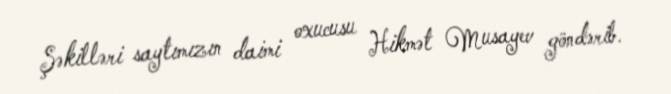
Şəkilləri saytımızın daimi oxucusu Hikmət Musayev göndərib.